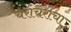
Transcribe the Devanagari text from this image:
चराचराचा